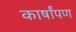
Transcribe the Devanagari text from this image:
कार्षांपण